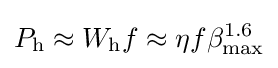
P_{\text{h}}\approx {W}_{\text{h}}f\approx \eta {f}\beta _{\text{max}}^{1.6}